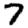
Digit: 7